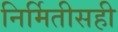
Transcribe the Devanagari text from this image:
निर्मितीसही